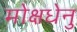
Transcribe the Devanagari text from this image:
मोक्षधेनु